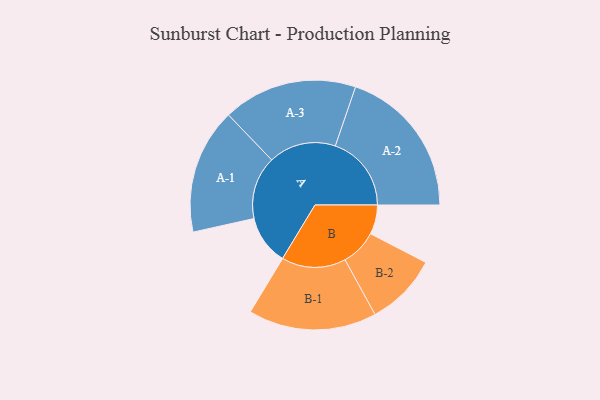
{"axis": {"x": "Segment", "y": "Value"}, "legend": ["", "A", "B"], "data": [{"x": "A", "y": 179, "type": ""}, {"x": "B", "y": 106, "type": ""}, {"x": "A-1", "y": 227, "type": "A"}, {"x": "A-2", "y": 275, "type": "A"}, {"x": "A-3", "y": 243, "type": "A"}, {"x": "B-1", "y": 232, "type": "B"}, {"x": "B-2", "y": 131, "type": "B"}]}